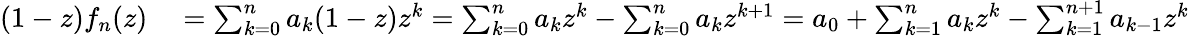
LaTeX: \begin{array}{rl}{(1-z)f_{n}(z)}&{{}=\sum_{k=0}^{n}a_{k}(1-z)z^{k}=\sum_{k=0}^{n}a_{k}z^{k}-\sum_{k=0}^{n}a_{k}z^{k+1}=a_{0}+\sum_{k=1}^{n}a_{k}z^{k}-\sum_{k=1}^{n+1}a_{k-1}z^{k}}\end{array}